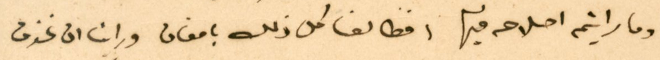
وما رايتم اصلاحه فيها فطالعنا كل ذلك بامعان وراينا ان نحذف